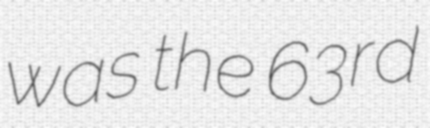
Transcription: was the 63rd